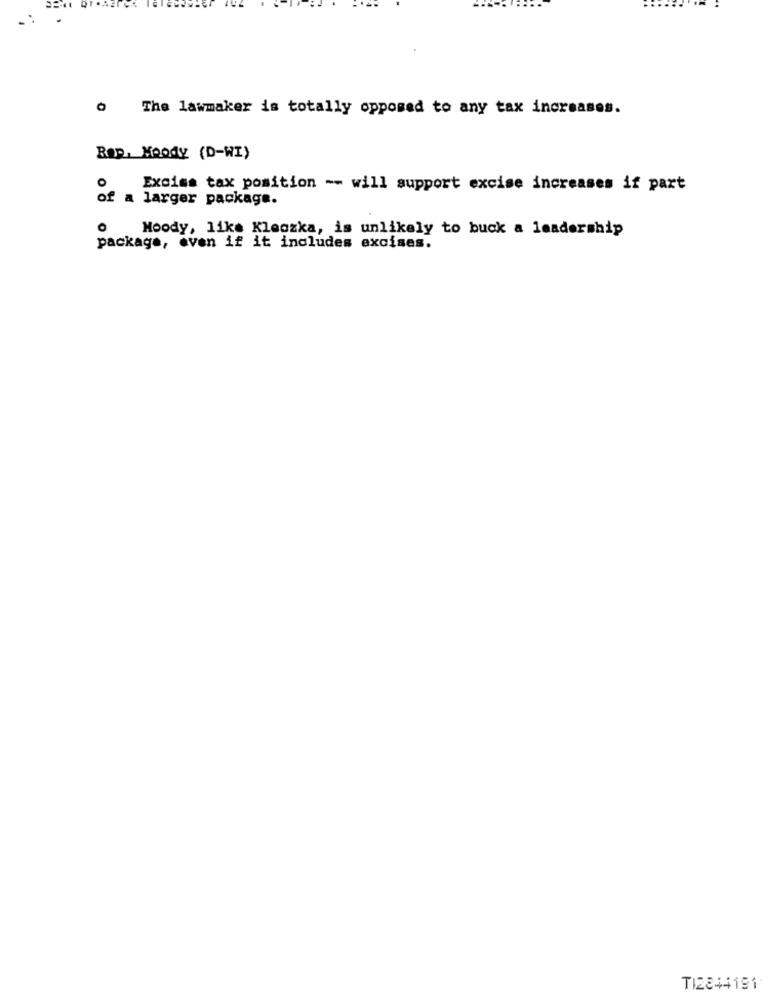
The lawmaker is totally opposed to any tax increases.
Rap. Moody (D-WI)
Excise tax position -- will support excise increases if part
of a larger package.
Moody, like Kleczka, is unlikely to buck a leadership
package, even if it includes excises.
TI2844191